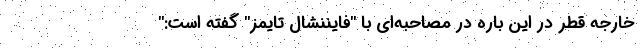
خارجه قطر در این باره در مصاحبه‌ای با "فایننشال تایمز" گفته است:"